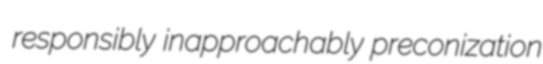
responsibly inapproachably preconization